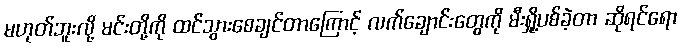
မဟုတ်ဘူးလို့ မင်းတို့ကို ထင်သွားစေချင်တာကြောင့် လက်ချောင်းတွေကို မီးရှို့ပစ်ခဲ့တာ ဆိုရင်ရော